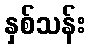
နှစ်သန်း